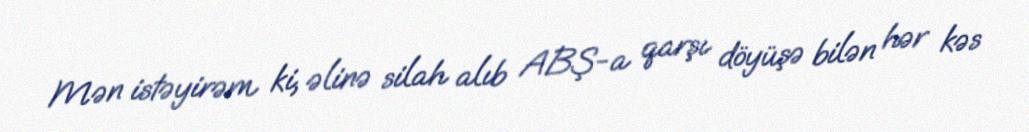
Mən istəyirəm ki, əlinə silah alıb ABŞ-a qarşı döyüşə bilən hər kəs